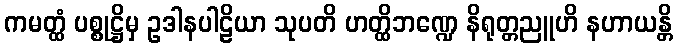
ကမတ္ထံ ပစ္စုဋ္ဌိမှ ဥဒါနပါဠိယာ သုပတိ ဟတ္ထိဘဏ္ဍေ နိရုတ္တညူဟိ နဟာယန္တိ